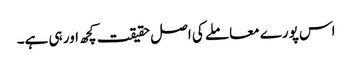
اس پورے معاملے کی اصل حقیقت کچھ اور ہی ہے۔